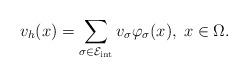
LaTeX: \begin{align*} v_h{ (x)}=\sum_{\sigma\in {\cal E_{\rm int}}} v_\sigma \varphi_\sigma{ (x)},\; { x\in \Omega.}\end{align*}